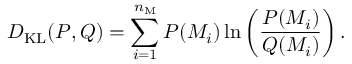
D _ { \mathrm { K L } } ( P , Q ) = \sum _ { i = 1 } ^ { n _ { \mathrm { M } } } P ( M _ { i } ) \ln \ensuremath { \left( \frac { P ( M _ { i } ) } { Q ( M _ { i } ) } \right) } .